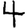
Digit: 4